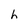
Character: h